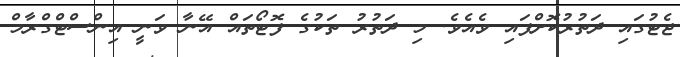
ޖެޓުގައި ދަތުރުކޮށްފައި ވެއެވެ. މި ދަތުރު ތަކުގެ ފޮޓޯތައް އޭނާ ވަނީ އިންސްޓްގްރާމް